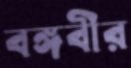
বঙ্গবীর